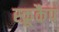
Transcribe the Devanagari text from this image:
स्क्रूकैप